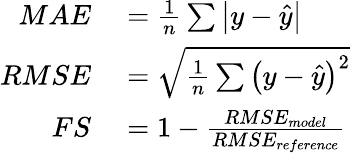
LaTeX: \begin{array}{rl}{MAE}&{{}=\frac{1}{n}\sum\left|y-\hat{y}\right|}\\ {RMSE}&{{}=\sqrt{\frac{1}{n}\sum\left(y-\hat{y}\right)^{2}}}\\ {FS}&{{}=1-\frac{RMSE_{model}}{RMSE_{reference}}}\end{array}